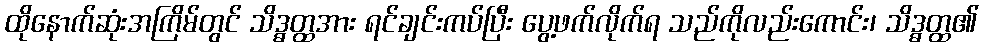
ထိုနောက်ဆုံးအကြိမ်တွင် သိဒ္ဓတ္ထအား ရင်ချင်းကပ်ပြီး ပွေ့ဖက်လိုက်ရ သည်ကိုလည်းကောင်း၊ သိဒ္ဓတ္ထ၏